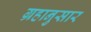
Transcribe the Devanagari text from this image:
ग्रहानुसार